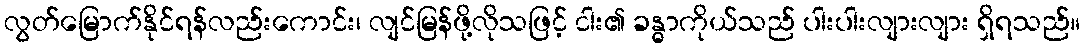
လွတ်မြောက်နိုင်ရန်လည်းကောင်း၊ လျင်မြန်ဖို့လိုသဖြင့် ငါး၏ ခန္ဓာကိုယ်သည် ပါးပါးလျားလျား ရှိရသည်။